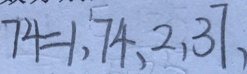
7 4 = 1 , 7 4 , 2 , 3 7 ,